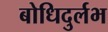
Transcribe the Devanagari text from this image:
बोधिदुर्लभ